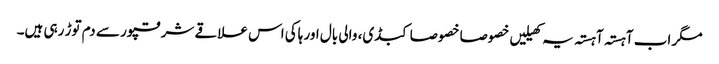
مگر اب آہستہ آہستہ یہ کھیلیں خصوصا خصوصا کبڈی، والی بال اور ہاکی اس علاقے شرقپور سے دم توڑ رہی ہیں۔